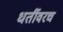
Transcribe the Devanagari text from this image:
धर्तीवरच